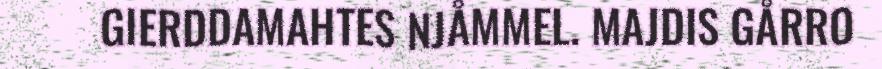
GIERDDAMAHTES NJÅMMEL. MAJDIS GÅRRO